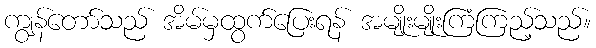
ကျွန်တော်သည် အိမ်မှထွက်ပြေးရန် အမျိုးမျိုးကြံကြည့်သည်။